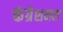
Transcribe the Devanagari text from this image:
कंग्रेशनल